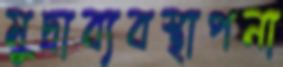
মুদ্রাব্যবস্থাপনা